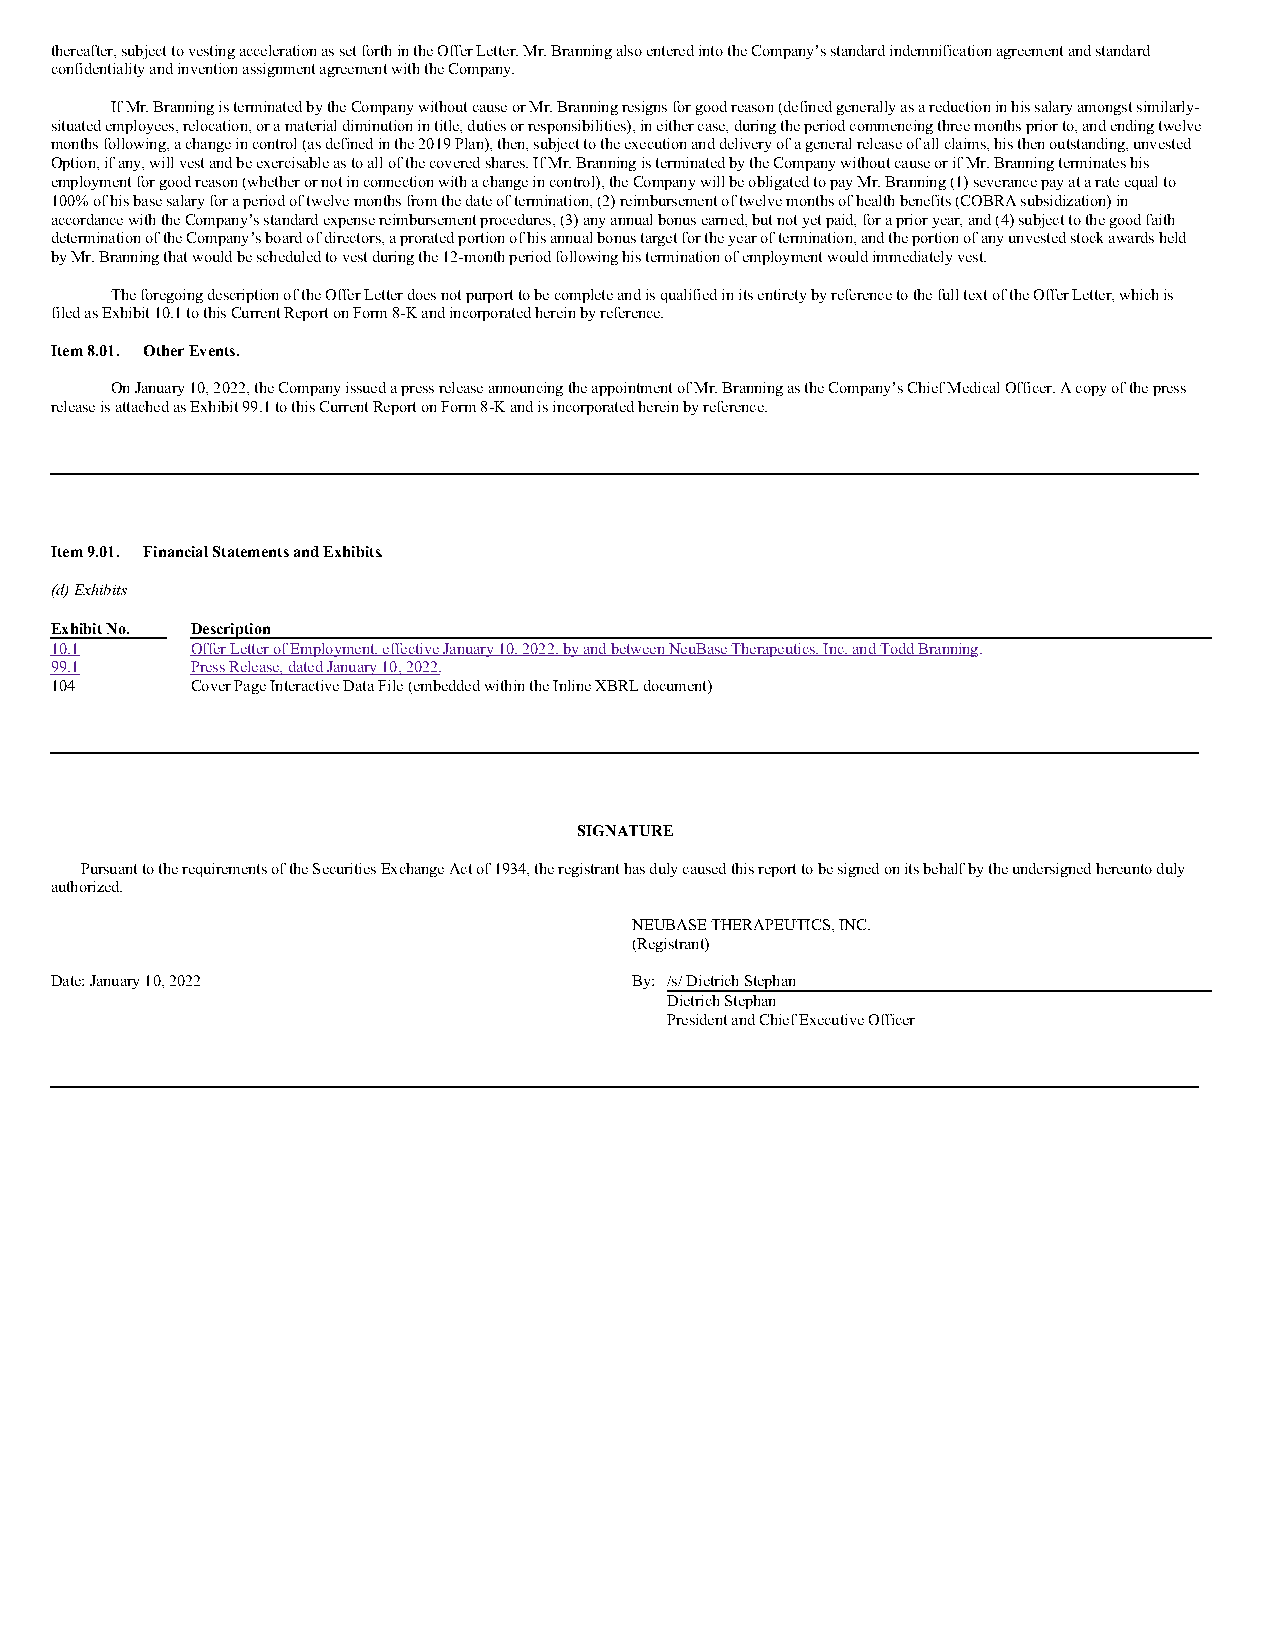
thereafter, subject to vesting acceleration as set forth in the Offer Letter. Mr. Branning also entered into the Company’s standard indemnification agreement and standard
 confidentiality and invention assignment agreement with the Company.
 If Mr. Branning is terminated by the Company without cause or Mr. Branning resigns for good reason (defined generally as a reduction in his salary amongst similarly-
 situated employees, relocation, or a material diminution in title, duties or responsibilities), in either case, during the period commencing three months prior to, and ending twelve
 months following, a change in control (as defined in the 2019 Plan), then, subject to the execution and delivery of a general release of all claims, his then outstanding, unvested
 Option, if any, will vest and be exercisable as to all of the covered shares. If Mr. Branning is terminated by the Company without cause or if Mr. Branning terminates his
 employment for good reason (whether or not in connection with a change in control), the Company will be obligated to pay Mr. Branning (1) severance pay at a rate equal to
 100% of his base salary for a period of twelve months from the date of termination, (2) reimbursement of twelve months of health benefits (COBRA subsidization) in
 accordance with the Company’s standard expense reimbursement procedures, (3) any annual bonus earned, but not yet paid, for a prior year, and (4) subject to the good faith
 determination of the Company’s board of directors, a prorated portion of his annual bonus target for the year of termination, and the portion of any unvested stock awards held
 by Mr. Branning that would be scheduled to vest during the 12-month period following his termination of employment would immediately vest.
 The foregoing description of the Offer Letter does not purport to be complete and is qualified in its entirety by reference to the full text of the Offer Letter, which is
 filed as Exhibit 10.1 to this Current Report on Form 8-K and incorporated herein by reference.
 Item 8.01. Other Events.
 On January 10, 2022, the Company issued a press release announcing the appointment of Mr. Branning as the Company’s Chief Medical Officer. A copy of the press
 release is attached as Exhibit 99.1 to this Current Report on Form 8-K and is incorporated herein by reference.
 Item 9.01. Financial Statements and Exhibits.
 (d) Exhibits
 Exhibit No. Description
 10.1      Offer Letter of Employment, effective January 10, 2022, by and between NeuBase Therapeutics, Inc. and Todd Branning.
 99.1      Press Release, dated January 10, 2022.
 104       Cover Page Interactive Data File (embedded within the Inline XBRL document)
 SIGNATURE
 Pursuant to the requirements of the Securities Exchange Act of 1934, the registrant has duly caused this report to be signed on its behalf by the undersigned hereunto duly
 authorized.
 NEUBASE THERAPEUTICS, INC.
 (Registrant)
 Date: January 10, 2022                 By: /s/ Dietrich Stephan
 Dietrich Stephan
 President and Chief Executive Officer